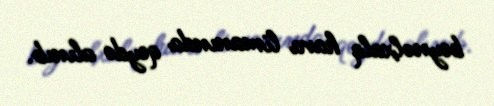
beynəlxalq hava limanında qeydə alınıb.